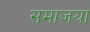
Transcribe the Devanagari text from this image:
समाजया